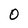
Character: 0